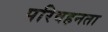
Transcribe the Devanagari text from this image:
परिवहनता